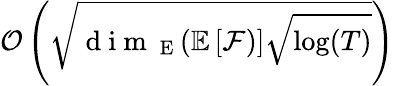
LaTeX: \mathcal{O}\left(\sqrt{\mathrm{~d~i~m~}_{\mathrm{~E~}}(\mathbb{E}\left[\mathcal{F})\right]\sqrt{\log(T)}}\right)